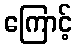
ကြောင့်